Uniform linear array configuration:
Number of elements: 32
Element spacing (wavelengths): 0.5
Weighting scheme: cosine
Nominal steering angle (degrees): -60
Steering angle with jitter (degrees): -58.041
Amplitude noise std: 0.05
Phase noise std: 0.05

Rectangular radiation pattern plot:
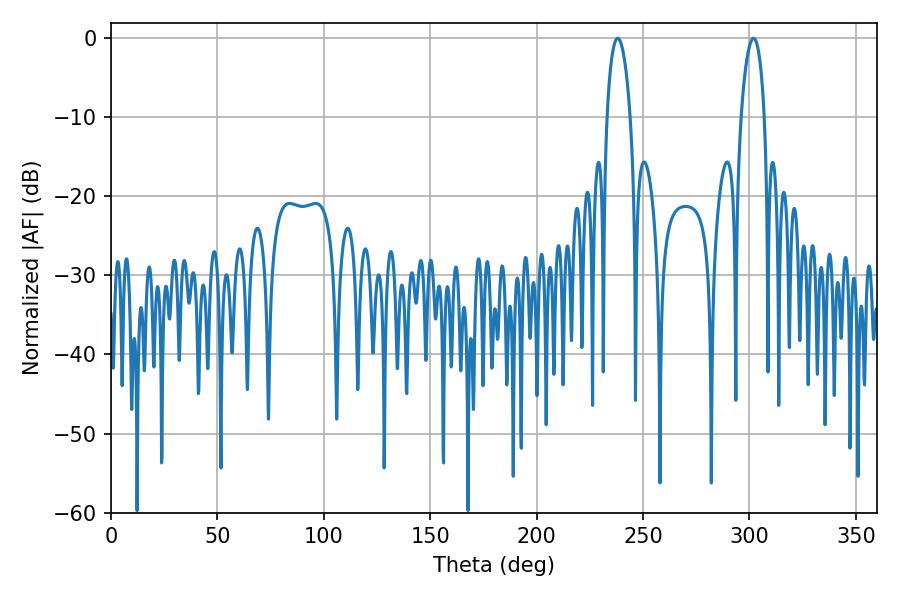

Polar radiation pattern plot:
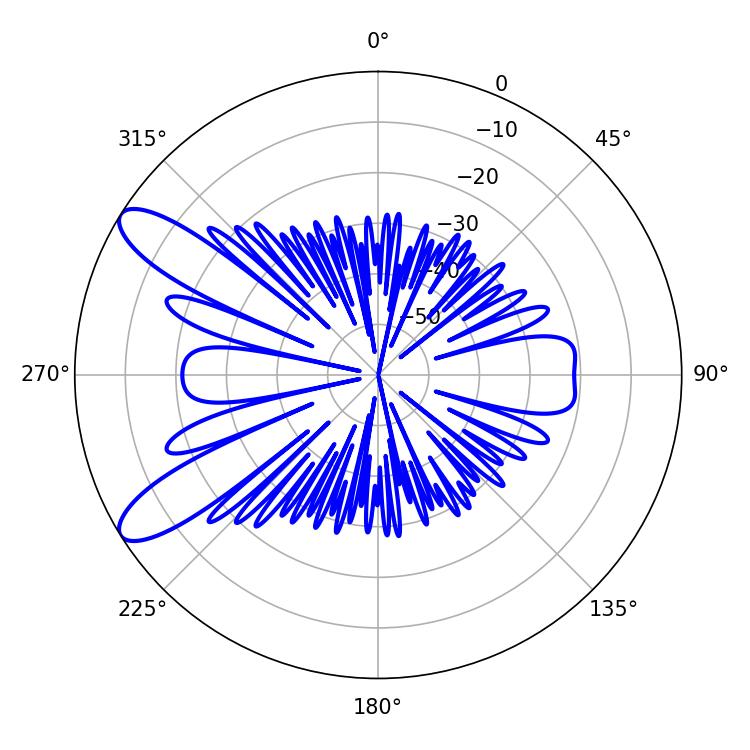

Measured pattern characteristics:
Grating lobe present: FALSE
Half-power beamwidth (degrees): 6.3
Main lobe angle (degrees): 238.14